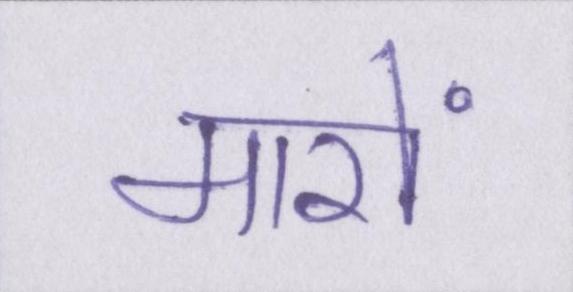
मारों